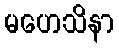
မဟေသိနာ